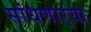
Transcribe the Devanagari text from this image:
सांधणार्‍या